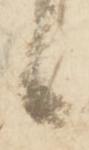
候